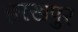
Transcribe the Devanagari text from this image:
हरखपुर